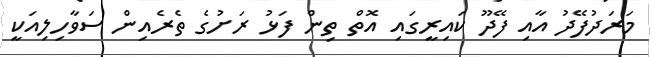
މަރަދުފޭދު އާއި ފޭދޫ ކައިރީގައި އޮތް ތިން ފަޅު ރަށުގެ ތެރެއިން ސަވާހިލިއަކީ